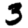
Digit: 3